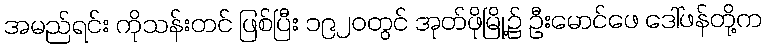
အမည်ရင်း ကိုသန်းတင် ဖြစ်ပြီး ၁၉၂၀တွင် အုတ်ဖိုမြို့၌ ဦးမောင်ဖေ ဒေါ်ဖန်တို့က